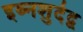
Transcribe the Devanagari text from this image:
इब्नशुर्दद्व